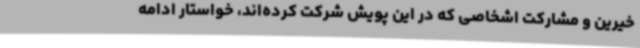
خیرین و مشارکت اشخاصی که در این پویش شرکت کرده‌اند، خواستار ادامه